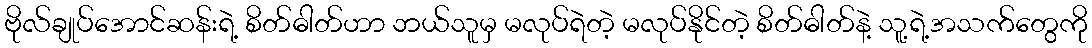
ဗိုလ်ချုပ်အောင်ဆန်းရဲ့ စိတ်ဓါတ်ဟာ ဘယ်သူမှ မလုပ်ရဲတဲ့ မလုပ်နိုင်တဲ့ စိတ်ဓါတ်နဲ့ သူ့ရဲ့အသက်တွေကို